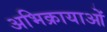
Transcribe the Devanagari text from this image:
अभिक्रायाओं